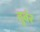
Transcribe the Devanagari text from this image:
तुवंर